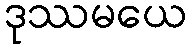
ဒုဿမယေ